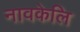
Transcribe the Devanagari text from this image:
नावकेलि